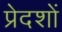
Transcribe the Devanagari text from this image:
प्रेदशों